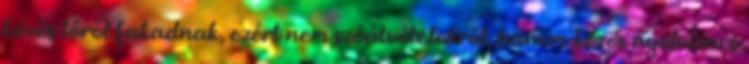
közös tőről fakadnak, ezért nem szóátvételekről, hanem közös nyelvkincs